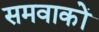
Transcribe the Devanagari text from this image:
समवाकों